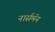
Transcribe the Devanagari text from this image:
नार्समॅन